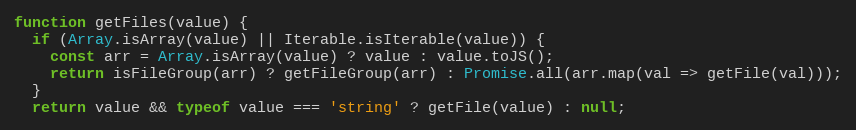
Language: JavaScript
function getFiles(value) {
  if (Array.isArray(value) || Iterable.isIterable(value)) {
    const arr = Array.isArray(value) ? value : value.toJS();
    return isFileGroup(arr) ? getFileGroup(arr) : Promise.all(arr.map(val => getFile(val)));
  }
  return value && typeof value === 'string' ? getFile(value) : null;